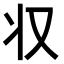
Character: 𠬧